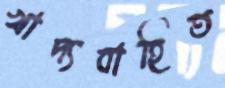
খাদ্যবাহিত